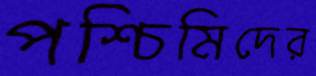
পশ্চিমিদের